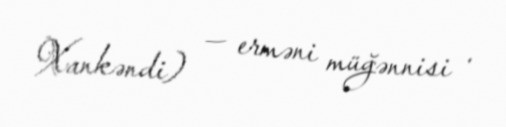
Xankəndi) — erməni müğənnisi .